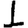
Digit: 1